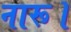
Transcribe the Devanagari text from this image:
नारू।